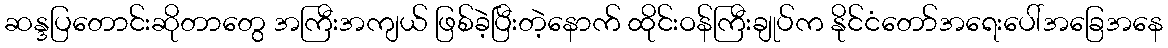
ဆန္ဒပြတောင်းဆိုတာတွေ အကြီးအကျယ် ဖြစ်ခဲ့ပြီးတဲ့နောက် ထိုင်းဝန်ကြီးချုပ်က နိုင်ငံတော်အရေးပေါ်အခြေအနေ